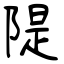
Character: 隄